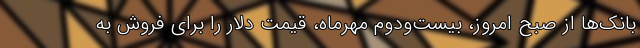
بانک‌ها از صبح امروز، بیست‌ودوم مهرماه، قیمت دلار را برای فروش به